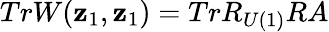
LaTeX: TrW(\mathbf{z}_{1},\mathbf{z}_{1})=TrR_{U(1)}RA